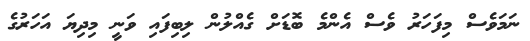
ނަމަވެސް މިފަހަރު ވެސް އެންމެ ބޮޑަށް ގެއްލުން ލިބިފައި ވަނީ މިދިޔަ އަހަރުގެ